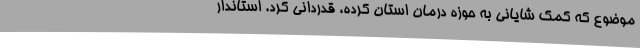
موضوع که کمک شایانی به حوزه درمان استان کرده، قدردانی کرد. استاندار